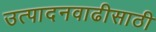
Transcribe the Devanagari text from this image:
उत्पादनवाढीसाठी